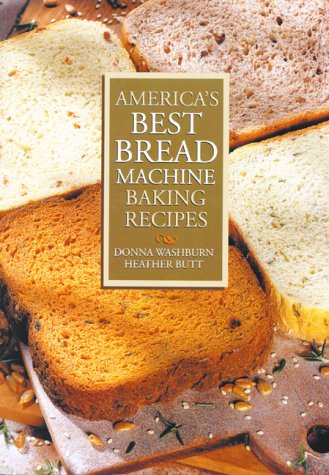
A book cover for America's Best Bread Machine Baking Recipes; Donna Washburn; Cookbooks, Food & Wine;